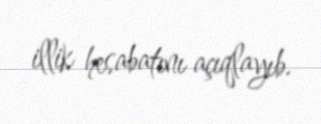
illik hesabatını açıqlayıb.